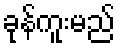
ခုန်ကူးမည်